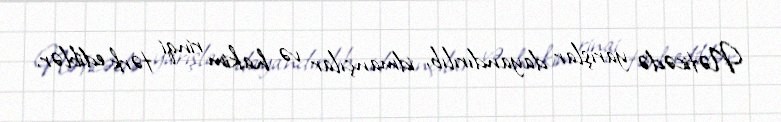
Nəticədə yarışlar dayandırılıb, idmançılar və hakim rinqi tərk ediblər.